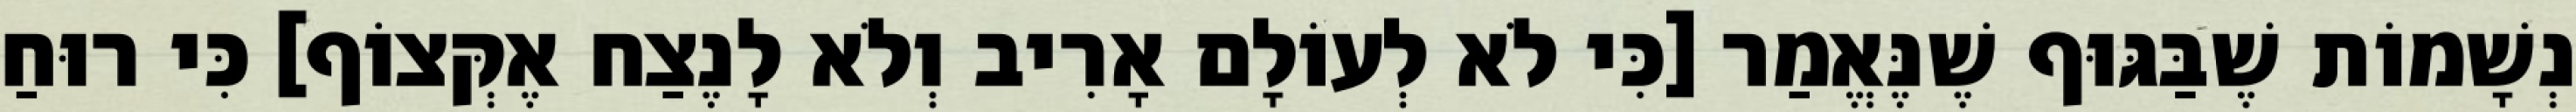
נְשָׁמוֹת שֶׁבַּגּוּף שֶׁנֶּאֱמַר [כִּי לֹא לְעוֹלָם אָרִיב וְלֹא לָנֶצַח אֶקְּצוֹף] כִּי רוּחַ